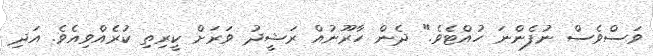
ވަސްވެސް ނުފެންނަ ހުއްޓެވެ." ދެން ހާރޫނުއް ރަޝީދު ވަރަށް ކީރިތި ކުރެއްވިއެވެ. އަދި